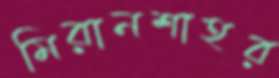
মিরানশাহর